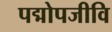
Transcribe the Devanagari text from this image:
पद्मोपजीवि